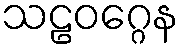
သဠဝဂ္ဂေန